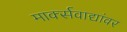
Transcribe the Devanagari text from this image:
मार्क्‍सवाद्यांवर